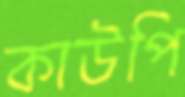
কাউপি